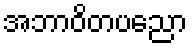
အဘာဝိတပညော